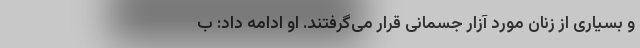
و بسیاری از زنان مورد آزار جسمانی قرار می‌گرفتند. او ادامه داد: ب